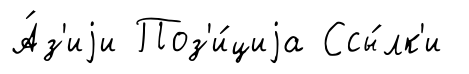
А́з'иjи Поз'и́циjа Ссы́лк'и